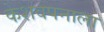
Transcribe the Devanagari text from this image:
केशवपनाला